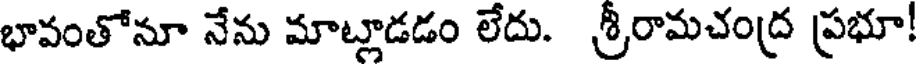
భావంతోనూ నేను మాట్లాడడం లేదు. శ్రీరామచంద్ర ప్రభూ!